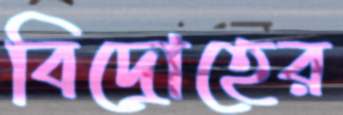
বিদ্রোহের